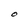
Character: O